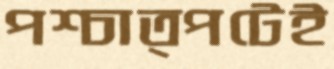
পশ্চাত্পটেই